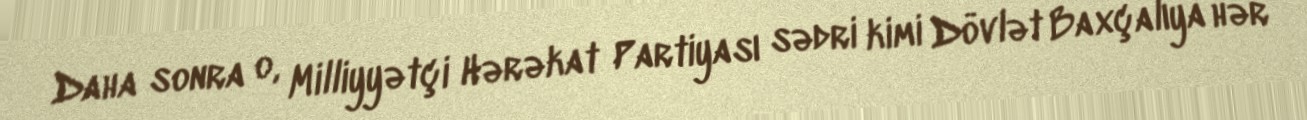
Daha sonra o, Milliyyətçi Hərəkat Partiyası sədri kimi Dövlət Baxçalıya hər